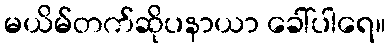
မယိမ်တက်ဆိုပနာယာ ခေါ်ပါရေ။